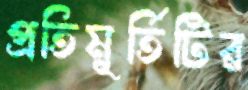
প্রতিমূর্তিটির